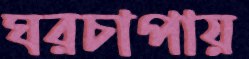
ঘরচাপায়